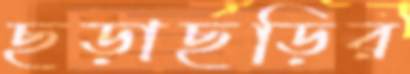
ছড়াছড়ির